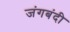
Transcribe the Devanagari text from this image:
जंगबंदी